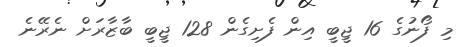
މި ފޯނުގެ 16 ޖީބީ އިން ފެށިގެން 128 ޖީބީ ބާޒާރަށް ނެރޭނެ